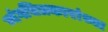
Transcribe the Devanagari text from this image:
व्यंगचित्रकारांच्या